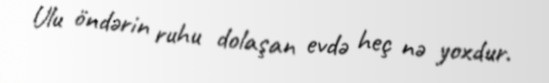
Ulu öndərin ruhu dolaşan evdə heç nə yoxdur.